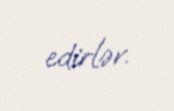
edirlər.